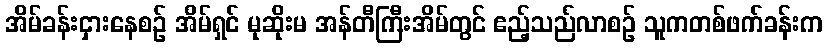
အိမ်ခန်းငှားနေစဉ် အိမ်ရှင် မုဆိုးမ အန်တီကြီးအိမ်တွင် ဧည့်သည်လာစဉ် သူကတစ်ဖက်ခန်းက